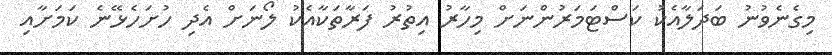
މިގެނެވުނު ބަދަލާއެކު ކަސްޓަމަރުންނަށް މިހާރު އިތުރު ފަރާތަކާއެކު ލޯނަށް އެދި ހުށަހެޅޭނެ ކަމަށާއި